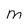
Character: M